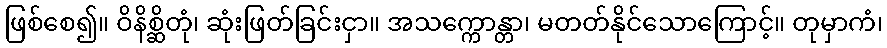
ဖြစ်စေ၍။ ဝိနိစ္ဆိတုံ၊ ဆုံးဖြတ်ခြင်းငှာ။ အသက္ကောန္တာ၊ မတတ်နိုင်သောကြောင့်။ တုမှာကံ၊